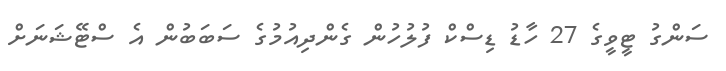
ސަންގު ޓީވީގެ 27 ހާޑު ޑިސްކް ފުލުހުން ގެންދިއުމުގެ ސަބަބުން އެ ސްޓޭޝަނަށް